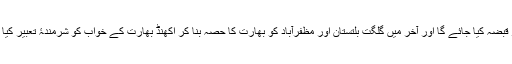
کشمیر پر قبضہ کیا جائے گا اور آخر میں گلگت بلتستان اور مظفرآباد کو بھارت کا حصہ بنا کر اکھنڈ بھارت کے خواب کو شرمندۂ تعبیر کیا جائے گا۔